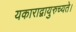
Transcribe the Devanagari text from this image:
यकाराद्वायुरुच्यते।